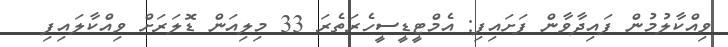
ވިއްކާލުމުން ފައިދާވާން ފަށައިފި: އެމްޓީޑީސީހެރަތެރަ 33 މިލިއަން ޑޮލަރަށް ވިއްކާލައިފި